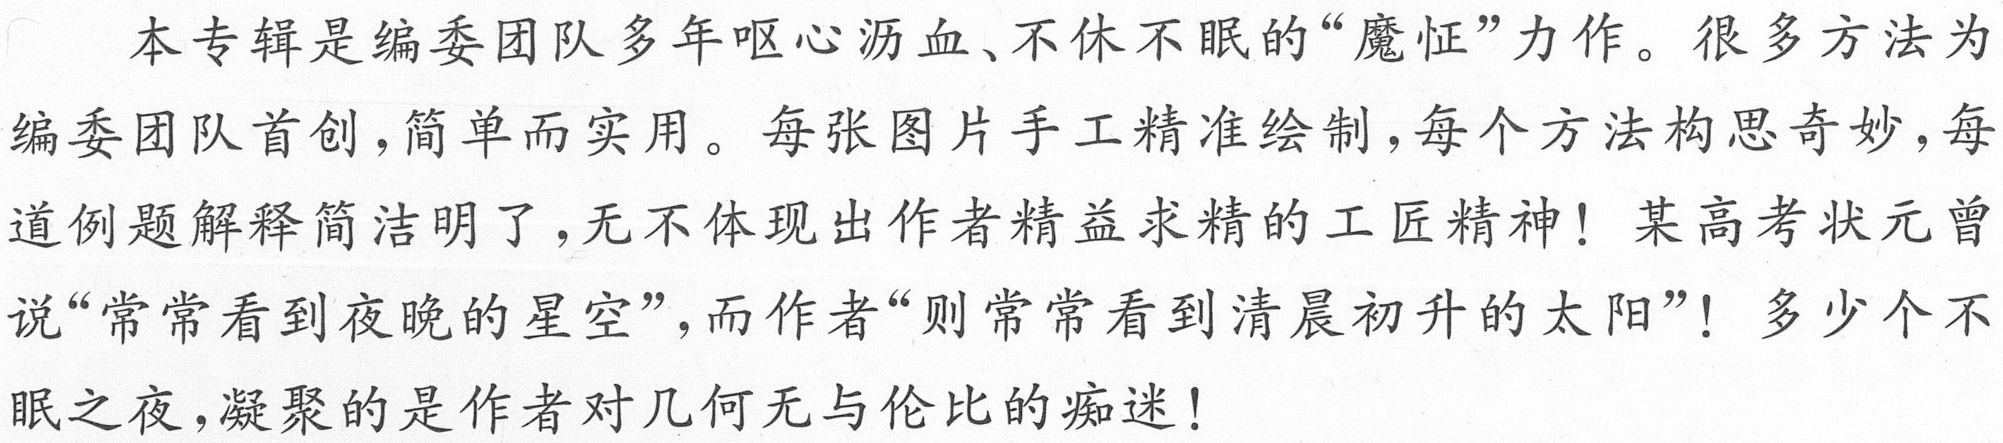
本专辑是编委团队多年呕心沥血、不休不眠的“魔怔”力作。很多方法为
编委团队首创，简单而实用。每张图片手工精准绘制，每个方法构思奇妙，每
道例题解释简洁明了，无不体现出作者精益求精的工匠精神！某高考状元曾
说“常常看到夜晚的星空”，而作者“则常常看到清晨初升的太阳”！多少个不
眠之夜，凝聚的是作者对几何无与伦比的痴迷！